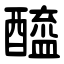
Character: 醯